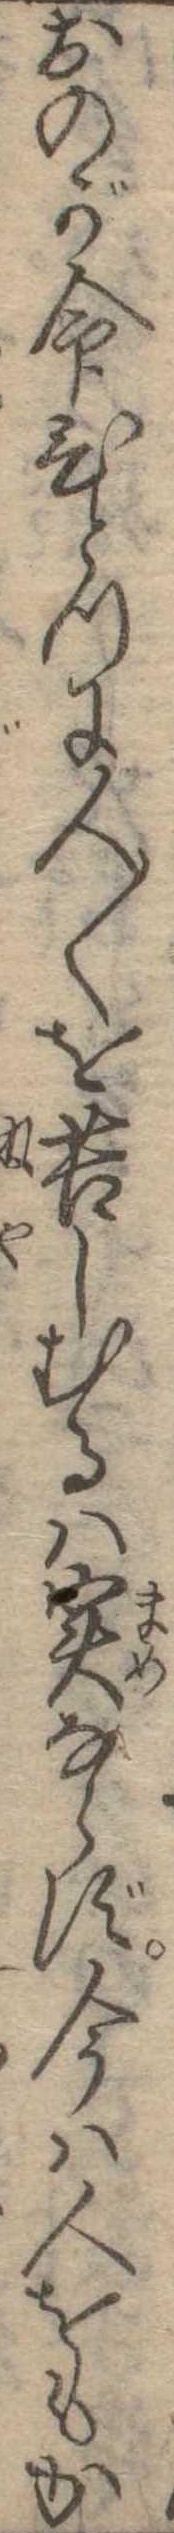
おのが命ひとつに人〱を空しむるは実ならず今は人をもか